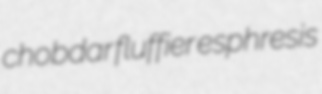
chobdar fluffier esphresis